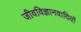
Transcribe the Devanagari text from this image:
जीवविज्ञानवादियों